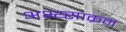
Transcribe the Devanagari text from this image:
अभ्य्साक्रम